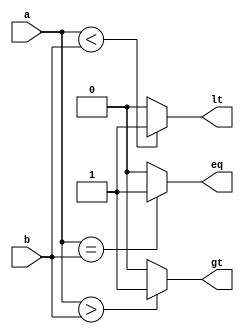

module bit3_comparator(
    input [2:0] a,
    input [2:0] b,
    output gt,
    output eq,
    output lt
);

assign gt = (a > b) ? 1 : 0;

assign eq = (a == b) ? 1 : 0;

assign lt = (a < b) ? 1 : 0;

endmodule